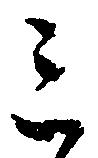
三